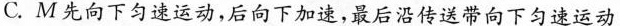
C.M先向下匀速运动，后向下加速，最后沿传送带向下匀速运动